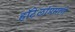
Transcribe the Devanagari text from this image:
हॉटेलांप्रमाणे